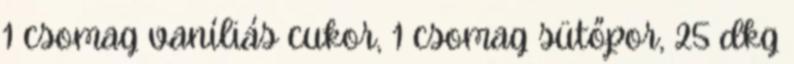
1 csomag vaníliás cukor, 1 csomag sütőpor, 25 dkg